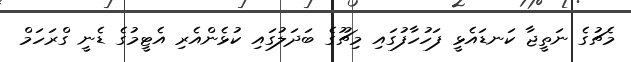
މެޗުގެ ނަތީޖާ ކަނޑައެޅީ ފަހުހާފުގައި މިޗޫގެ ބަދަލުގައި ކުޅެންއެރި އެޓީމުގެ ޑެނީ ގްރަހަމް